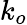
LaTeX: k_{o}